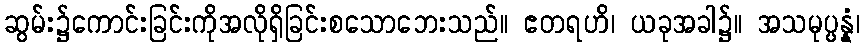
ဆွမ်း၌ကောင်းခြင်းကိုအလိုရှိခြင်းစသောဘေးသည်။ ဧတရဟိ၊ ယခုအခါ၌။ အသမုပ္ပန္နံ၊